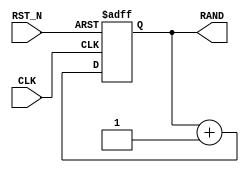
module rng (
  input  wire       CLK,
  input  wire       RST_N,
  output reg  [1:0] RAND
);

  always @(posedge CLK or negedge RST_N) begin
    if (!RST_N) RAND <= 0;
    else        RAND <= RAND + 1;
  end

endmodule